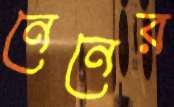
নেনের